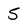
Character: 5